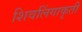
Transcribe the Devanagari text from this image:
शिवलिंगाकृती